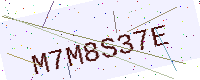
Text: M7M8S37E